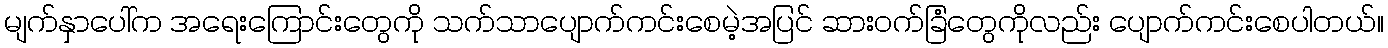
မျက်နှာပေါ်က အရေးကြောင်းတွေကို သက်သာပျောက်ကင်းစေမဲ့အပြင် ဆားဝက်ခြံတွေကိုလည်း ပျောက်ကင်းစေပါတယ်။